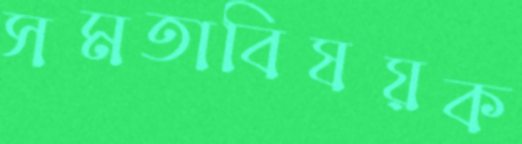
সমতাবিষয়ক